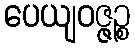
ပေယျဝဇ္ဇဉ္စ